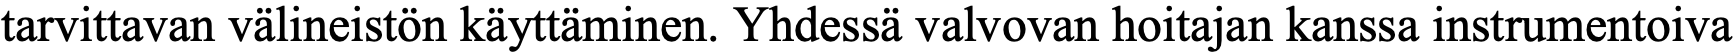
tarvittavan välineistön käyttäminen. Yhdessä valvovan hoitajan kanssa instrumentoiva